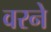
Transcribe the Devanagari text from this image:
वरने